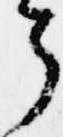
了